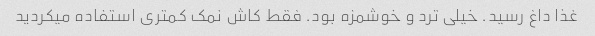
غذا داغ رسید. خیلی ترد و خوشمزه بود. فقط کاش نمک کمتری استفاده میکردید